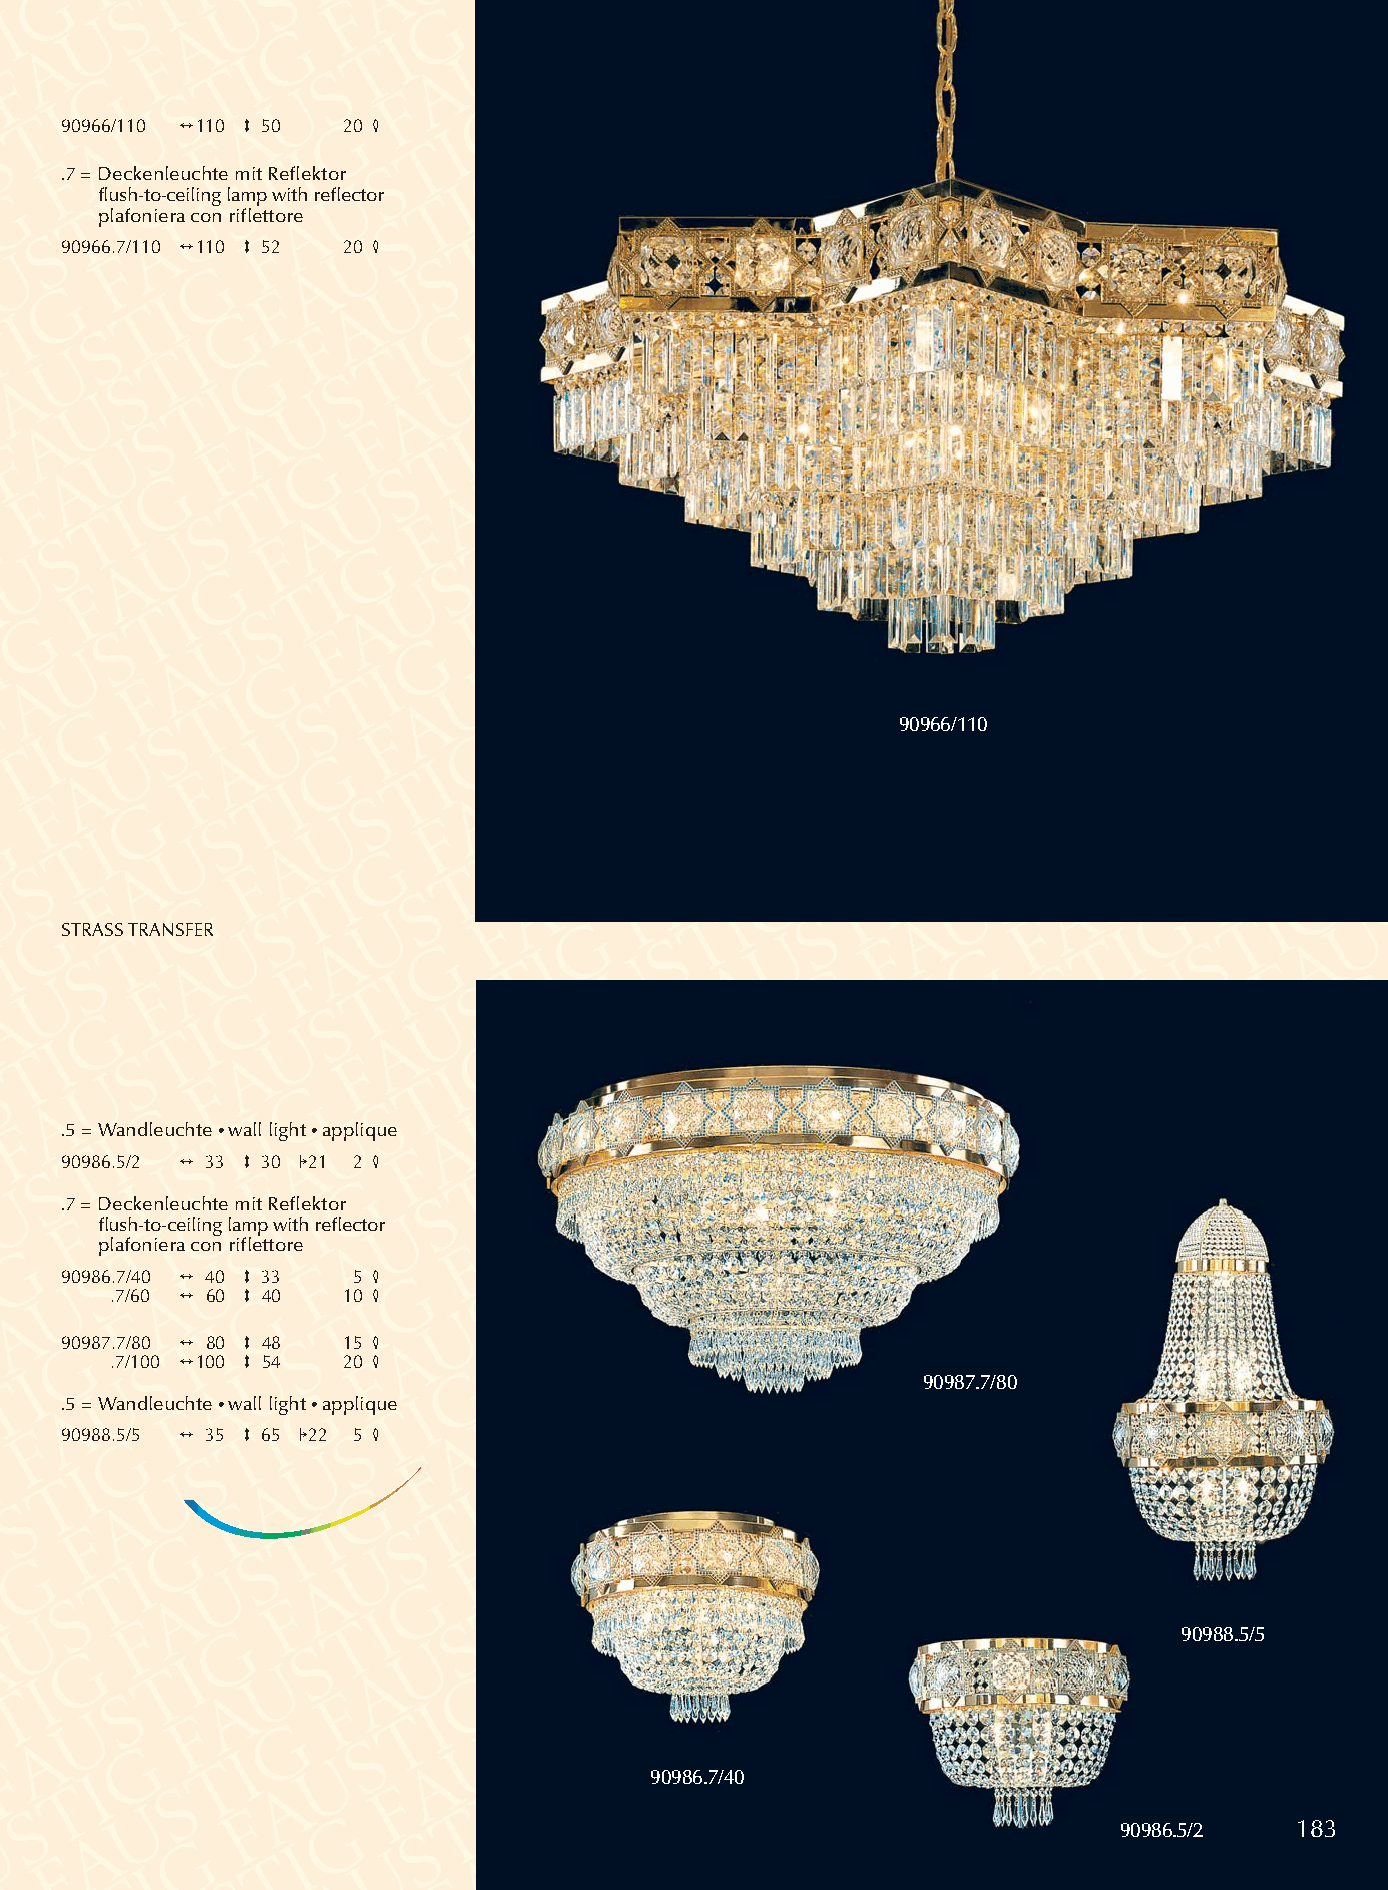
90966/110 2110 3 50 20 4
 .7 = Deckenleuchte mit Reflektor
 flush-to-ceiling lamp with reflector
 plafoniera con riflettore
 90966.7/110 2110 3 52 20 4
 90966/110
 STRASSTRANSFER
 .5 = Wandleuchte •wall light •applique
 90986.5/2 2 33 3 30 121 2 4
 .7 = Deckenleuchte mit Reflektor
 flush-to-ceiling lamp with reflector
 plafoniera con riflettore
 90986.7/40 2 40 3 33 5 4
 .7/60 2 60 3 40 10 4
 90987.7/80 2 80 3 48 15 4
 .7/100 2100 3 54 20 4
 90987.7/80
 .5 = Wandleuchte •wall light •applique
 90988.5/5 2 35 3 65 122 5 4
 90988.5/5
 90986.7/40
 90986.5/2   183